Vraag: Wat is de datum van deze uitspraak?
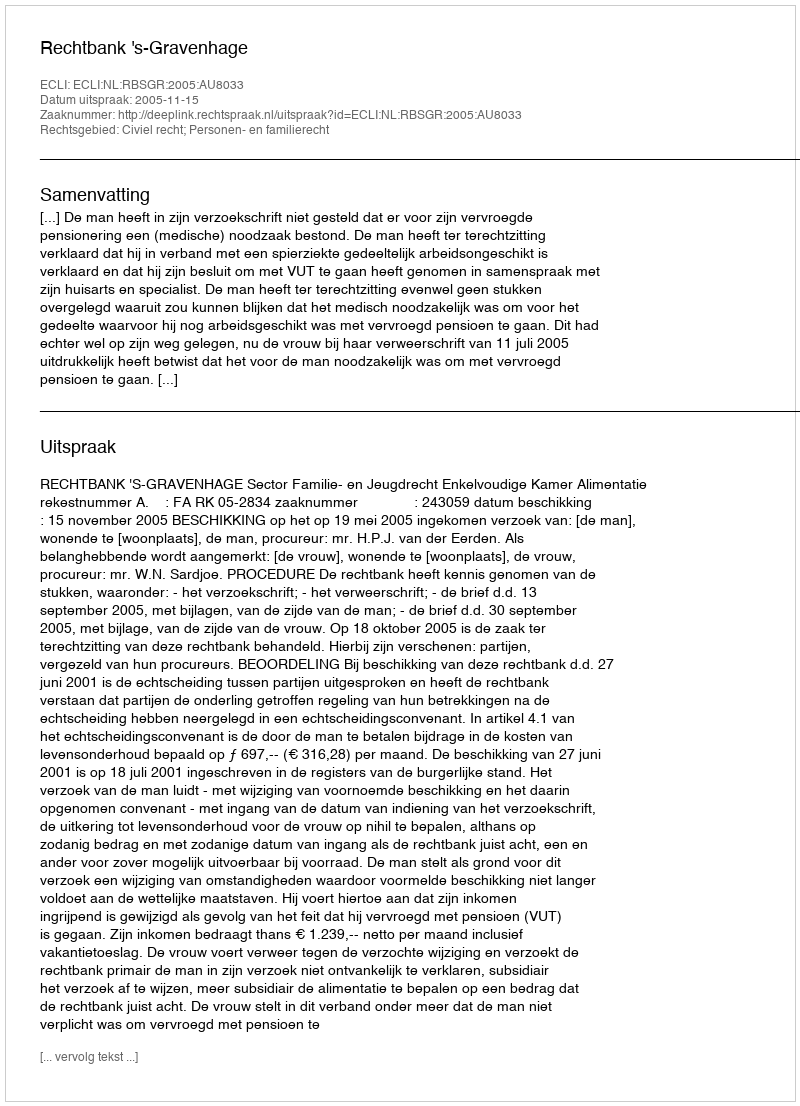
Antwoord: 2005-11-15